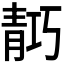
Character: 𬰗